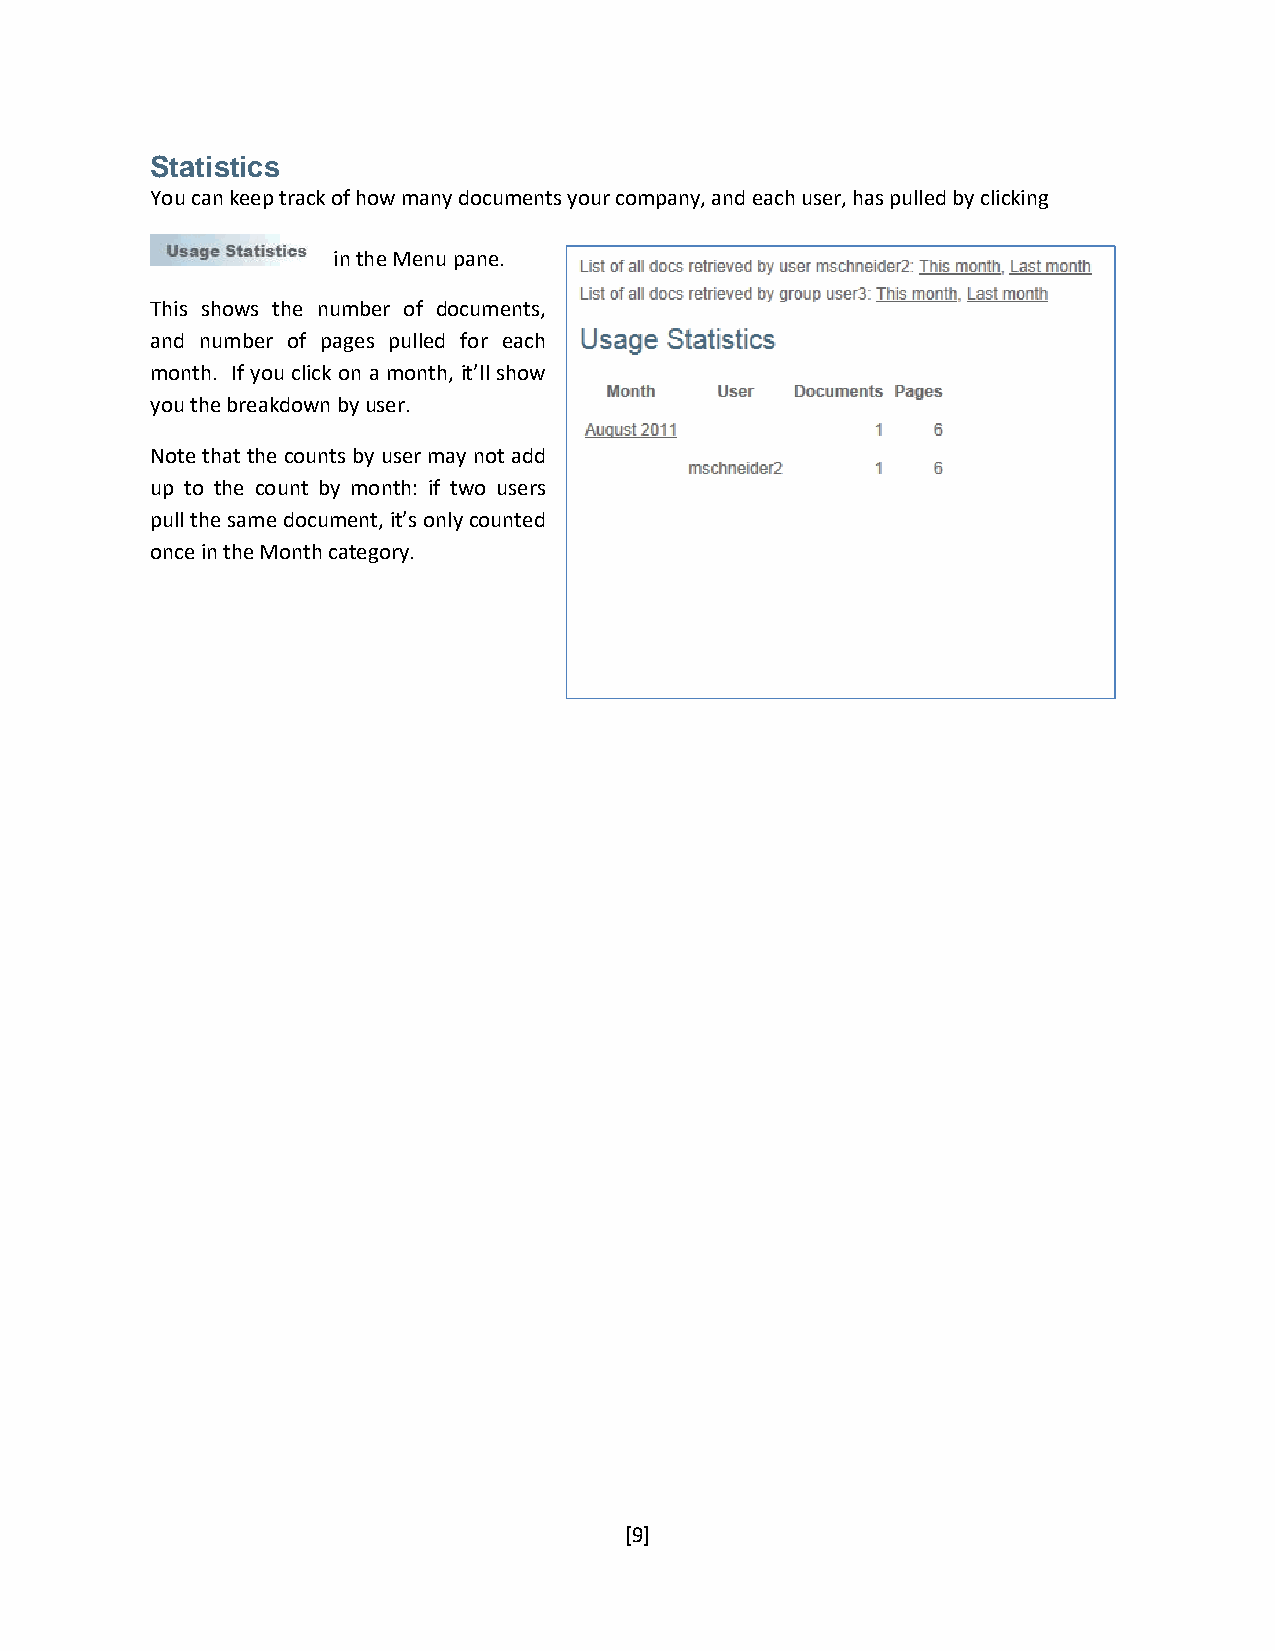
Statistics
 You can keep track of how many documents your company, and each user, has pulled by clicking
 in the Menu pane.
 This shows the number of documents,
 and number of pages pulled for each
 month. If you click on a month, it’ll show
 you the breakdown by user.
 Note that the counts by user may not add
 up to the count by month: if two users
 pull the same document, it’s only counted
 once in the Month category.
 [9]